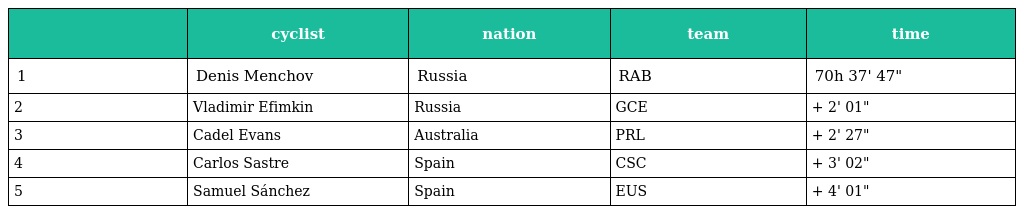
|  | cyclist | nation | team | time |
 | --- | --- | --- | --- | --- |
 | 1 | Denis Menchov | Russia | RAB | 70h 37' 47" |
 | 2 | Vladimir Efimkin | Russia | GCE | + 2' 01" |
 | 3 | Cadel Evans | Australia | PRL | + 2' 27" |
 | 4 | Carlos Sastre | Spain | CSC | + 3' 02" |
 | 5 | Samuel Sánchez | Spain | EUS | + 4' 01" |